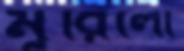
মুরিলো